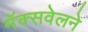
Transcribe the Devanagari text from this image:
मॅक्सवेलने